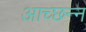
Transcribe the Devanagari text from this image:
आच्छन्‍न